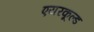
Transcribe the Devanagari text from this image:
एयरकूल्ड